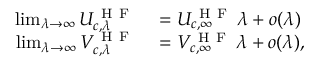
\begin{array} { r l } { \operatorname* { l i m } _ { \lambda \to \infty } U _ { c , \lambda } ^ { \mathrm { ~ H ~ F ~ } } } & { { } = U _ { c , \infty } ^ { \mathrm { ~ H ~ F ~ } } \, \lambda + o ( \lambda ) } \\ { \operatorname* { l i m } _ { \lambda \to \infty } V _ { c , \lambda } ^ { \mathrm { ~ H ~ F ~ } } } & { { } = V _ { c , \infty } ^ { \mathrm { ~ H ~ F ~ } } \, \lambda + o ( \lambda ) , } \end{array}